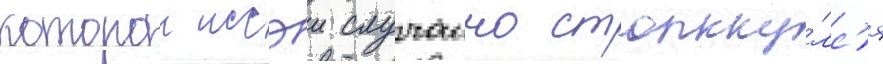
которои иссэи случаино столкну́лс'я